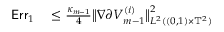
\begin{array} { r l } { \mathsf { E r r } _ { 1 } } & { { } \leq \frac { \kappa _ { m - 1 } } { 4 } \bigl \| \nabla \partial ^ { \aa } V _ { m - 1 } ^ { ( i ) } \bigr \| _ { L ^ { 2 } ( ( 0 , 1 ) \times \ensuremath { \mathbb { T } } ^ { 2 } ) } ^ { 2 } } \end{array}